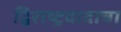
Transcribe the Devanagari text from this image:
द्विराष्ट्रवादाचा